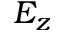
E _ { z }